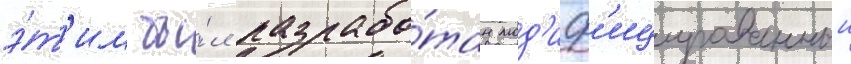
э́т'им бы́л разрабо́тан мод'иф'ицированныи